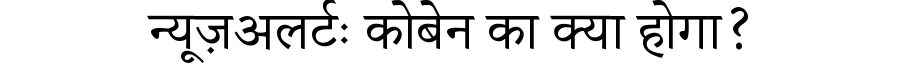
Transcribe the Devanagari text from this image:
न्यूज़अलर्टः कोबेन का क्या होगा?